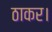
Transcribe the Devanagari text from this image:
ठाकर।